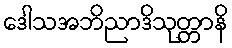
ဒေါသအဘိညာဒိသုတ္တာနိ